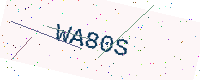
Text: WA80S